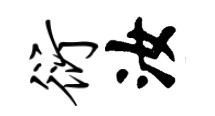
衍汝